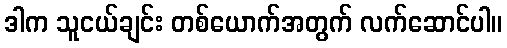
ဒါက သူငယ်ချင်း တစ်ယောက်အတွက် လက်ဆောင်ပါ။